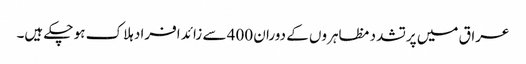
عراق میں پرتشدد مظاہروں کے دوران 400 سے زائد افراد ہلاک ہو چکے ہیں۔